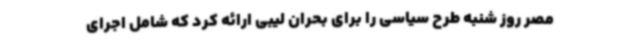
مصر روز شنبه طرح سیاسی را برای بحران لیبی ارائه کرد که شامل اجرای